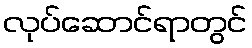
လုပ်ဆောင်ရာတွင်